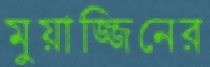
মুয়াজ্জিনের